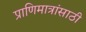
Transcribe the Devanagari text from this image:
प्राणिमात्रांसाठी